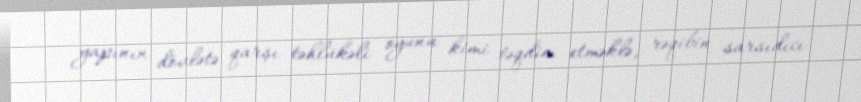
yapının dövlətə qarşı təhlükəli oyunu kimi təqdim etməklə, rəqibin sarsıdıcı